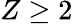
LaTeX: Z\ge 2